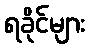
ရခိုင်များ